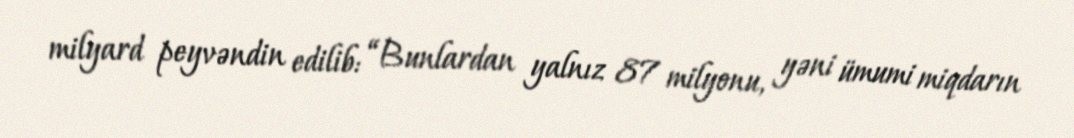
milyard peyvəndin edilib: “Bunlardan yalnız 87 milyonu, yəni ümumi miqdarın